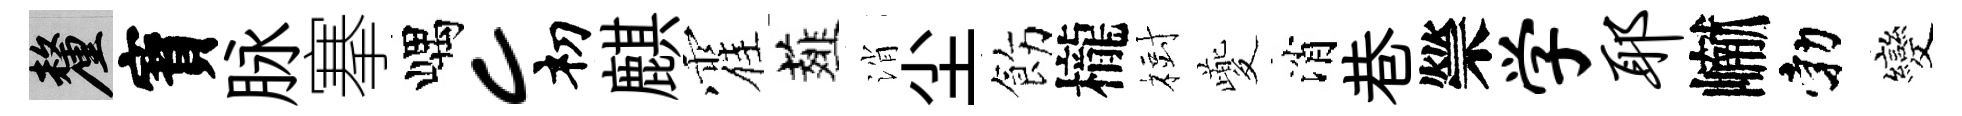
厘寳脉搴嵎c𥘉麒霍薤消尘飭櫳𣗳夔消巷禜学耶𪩘勃變